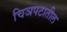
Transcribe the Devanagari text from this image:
चिञपटातील